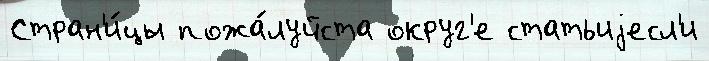
Стран'и́цы пожа́луйста округ'е статьиjесл'и